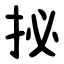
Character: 㧙